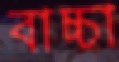
বাচ্চা